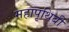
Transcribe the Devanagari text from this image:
महापृथिबी